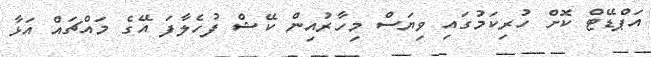
އަޕްޑޭޓް ކޮށް ހުރިކަމުގައި ވިޔަސް މިހާރުއިން ކޭޝް ފުހެލާފަ އޭގެ މައްޗައް އަޅާ